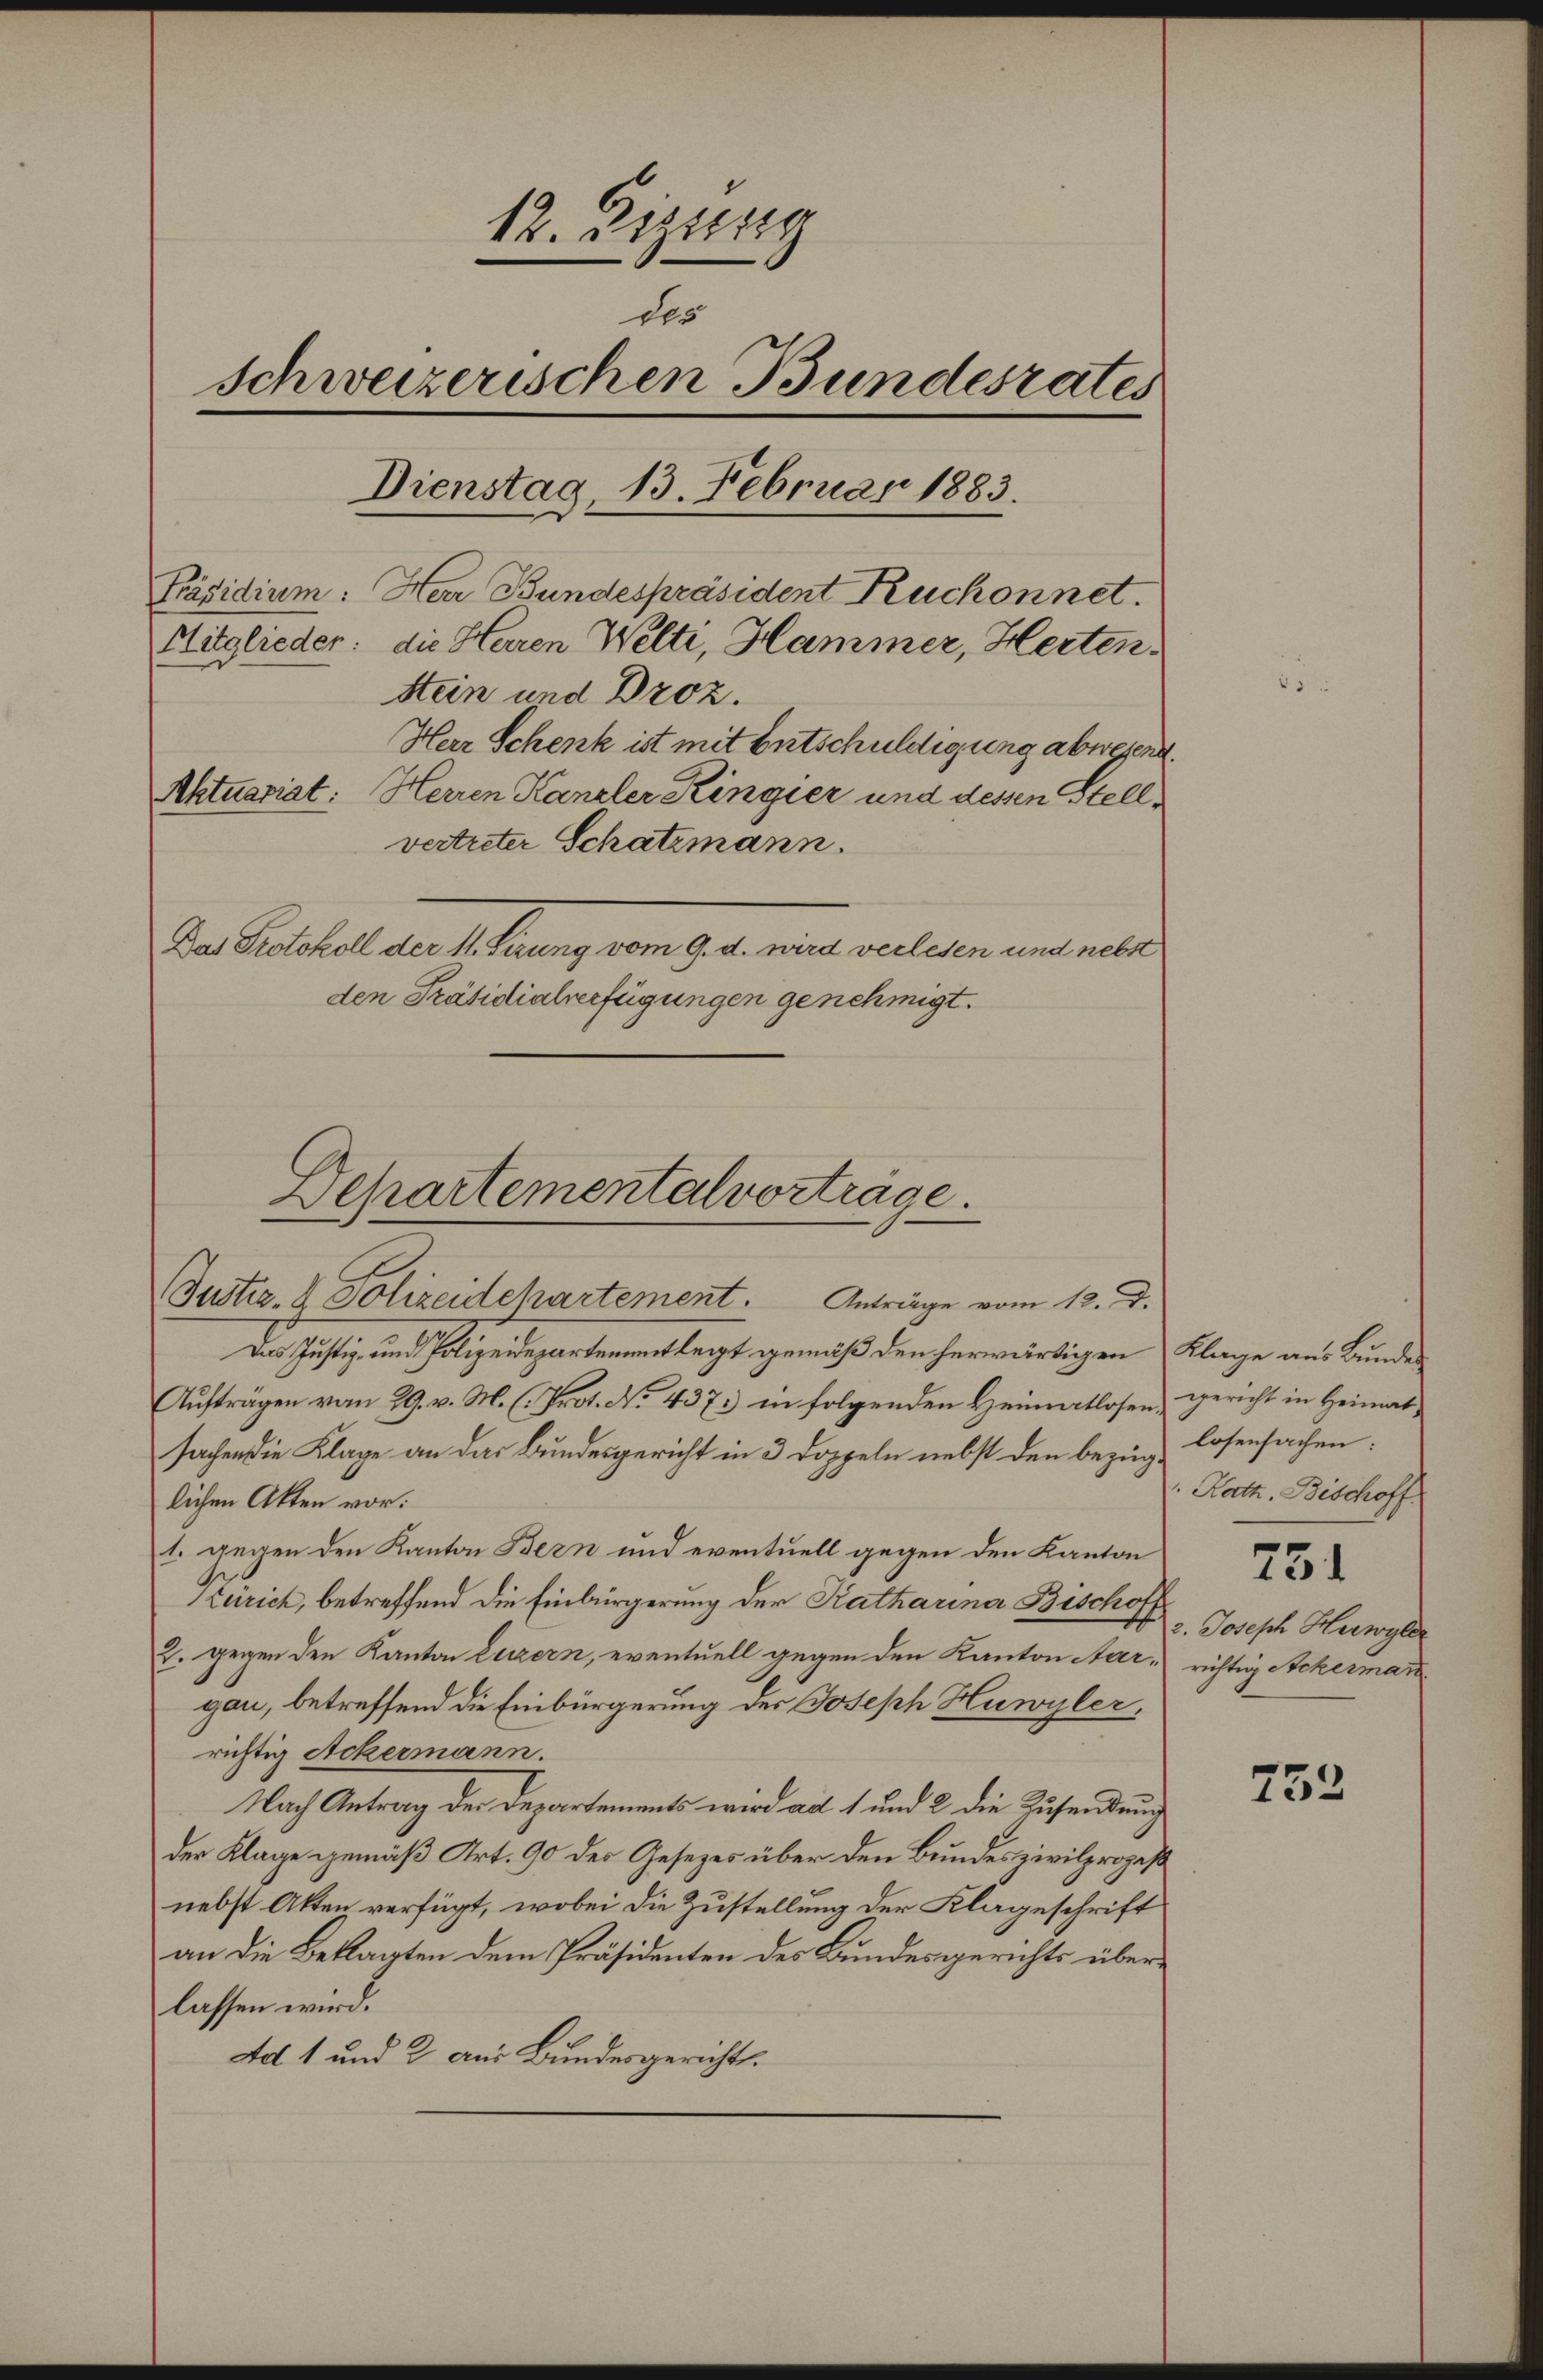
12. Dezung
des
Schweizerischen Bundesrates
Dienstag, 13. Februar 1883.
Präsidium: Herr Bundespräsident Ruchonnet.
Mitglieder: die Herren Welti, Hammer, Herten¬
Stein und Broz.
Herr Schenk ist mit Entschuldigung abwesend.
Aktuariat: Herren Kanzler Kingier und dessen Stellvertreter Schatzmann.
Das Protokoll der M. hierung vom 9. d. wird verlesen und neber
den Präsidialverfügungen genehmigt.

Departementalvorträge.

Justiz- & Polizeidchartement. Anträge vom 12. d.
Das Justiz und Polizeidepartementlegt gemäß den herwärtigen Klage aus Bunde
Aufträgen vom 29. v. M. (Prot. No. 437. in folgenden Heimatlosen Gericht in Heimat
sachen die Klage an das Bundesgericht in 3 Doppeln nebst den bezüglichen Akten vor:
t. gegen den Kanton Bern und eventuell gegen den Kanton
Zürich, betreffend die Einbürgerung der Katharina Bischoff
2. gegen den Kanton Luzern, eventuell gegen den Kanton Aar, richtig Ackerman
gau, betreffend die Einbürgerung des Joseph Huwyler,
richtig Ackermann.
Nach Antrag der Departements wird ad 1 und 2 die Zusendung
der Klage gemäß Art. 90 des Gesetzes über den Bundes zivilprozeß
nebst Atten verfügt, wobei die Zustellung der Klageschrift
an die Beklagten dem Präsidenten des Bundesgerichts überlassen wird.
dol 1 und 2 aus Bundesgericht.

losensachen:
" Rath. Bischoff
751
2. Joseph Herwyler

752